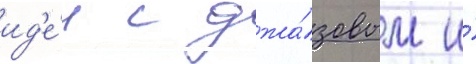
ид'е́и с джа́зовым и́